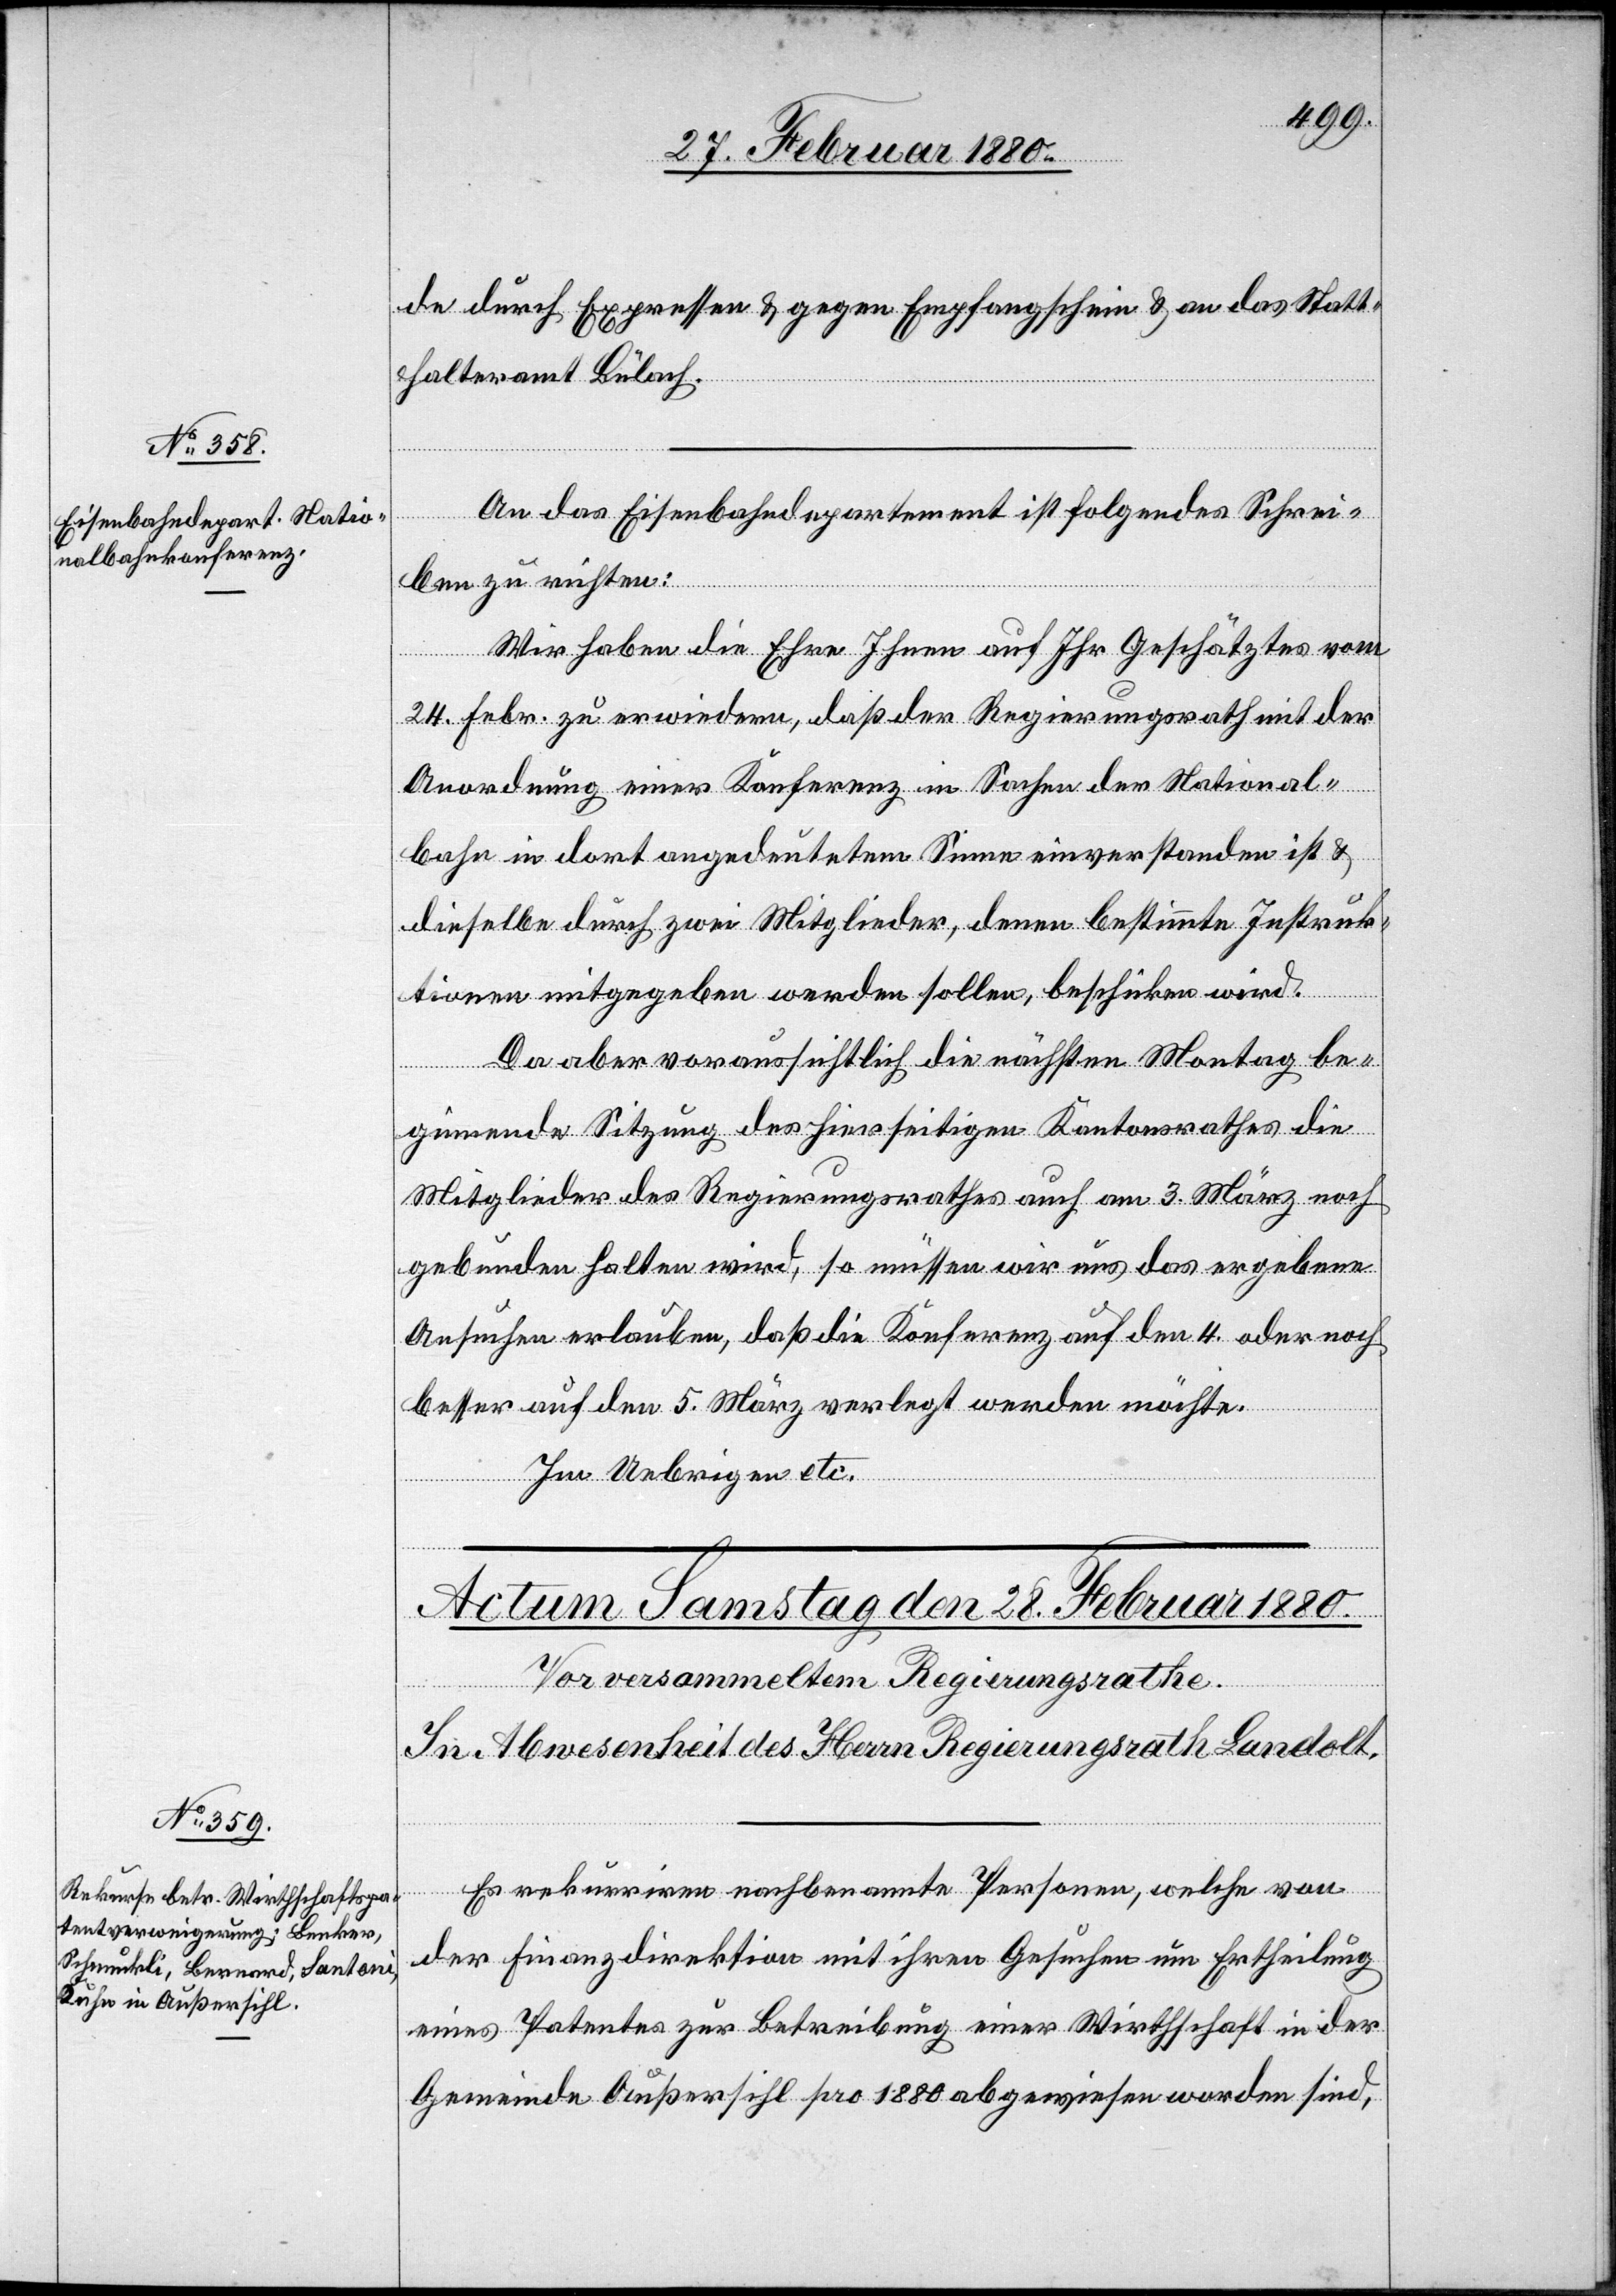
de durch Expressen & gegen Empfangschein & an das Statt¬
halteramt Bülach.
An das Eisenbahndepartement ist folgendes Schrei¬
ben zu richten:
Wir haben die Ehre Ihnen auf Ihr Geschätztes vom
24. Febr. zu erwiedern, daß der Regierungsrath mit der
Anordnung einer Konferenz in Sachen der National¬
bahn in dort angedeutetem Sinne einverstanden ist &
dieselbe durch zwei Mitglieder, denen bestimmte Instruk¬
tionen mitgegeben werden sollen, beschicken wird.
Da aber voraussichtlich die nächsten Montag be¬
ginnende Sitzung des hierseitigen Kantonsrathes die
Mitglieder des Regierungsrathes auch am 3. März noch
gebunden halten wird, so müssen wir uns das ergebene
Ansuchen erlauben, daß die Konferenz auf den 4. oder noch
besser auf den 5. März verlegt werden möchte.
Im Uebrigen etc.
Es rekurriren nachbenannte Personen, welche von
der Finanzdirektion mit ihren Gesuchen um Ertheilung
eines Patentes zur Betreibung einer Wirthschaft in der
Gemeinde Außersihl pro 1880 abgewiesen worden sind,